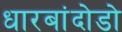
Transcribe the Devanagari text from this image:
धारबांदोडाे